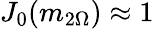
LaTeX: J_{0}(m_{2\Omega})\approx 1